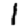
Digit: 1